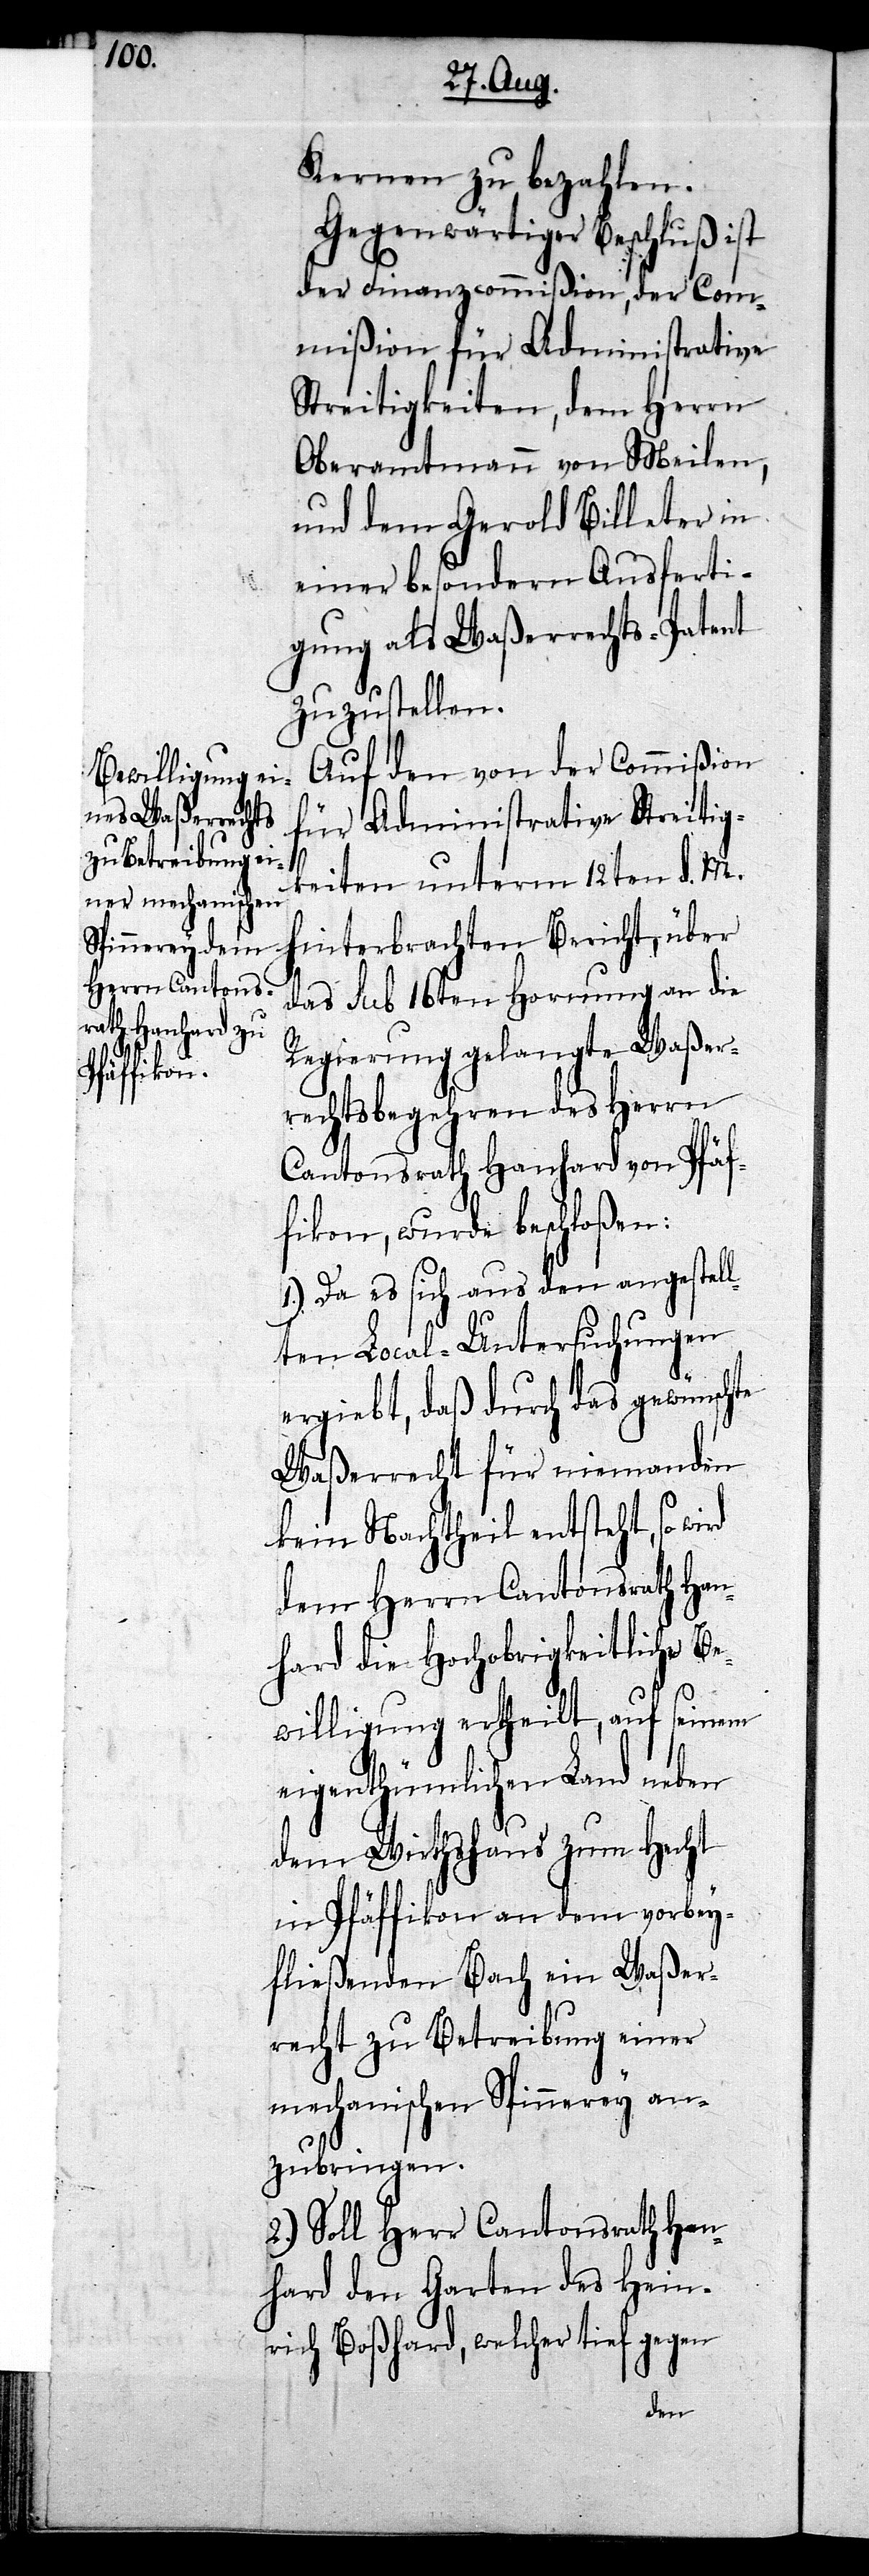
Kernen zu bezahlen.
Gegenwärtiger Beschluß ist
der Finanzcommißion, der Com¬
mißion für Administrative
Streitigkeiten, dem Herrn
Oberamtmann von Meilen,
und dem Gerold Billeter in
einer besondern Ausferti¬
gung als Waßerrechts-Patent
zuzustellen.
Auf den von Commißion
für Administrative Streitig¬
keiten unterm 12ten d. M.
hinterbrachten Bericht, über
das sub 16ten Hornung an die
Regierung gelangte Waßer¬
rechtsbegehren des Herrn
Cantonsrath Hanhard von Pfäf¬
fikon, wurde beschloßen:
1.) Da es sich aus den angestell¬
ten Local-Untersuchungen
ergiebt, daß durch das gewünschte
Waßerrecht für niemanden
kein Nachtheil entsteht, so
dem Herrn Cantonsrath Han¬
hard die Hochobrigkeitliche Be¬
willigung ertheilt, auf seinem
eigenthümlichen Land neben
dem Wirthshaus zum Hecht
in Pfäffikon an dem vorbey¬
fließenden Bach ein Waßer¬
recht zu Betreibung einer
mechanischen Spinnerey an¬
zubringen.
2.) Soll Herr Cantonsrath Han¬
hard den Garten des Hein¬
rich Boßhard, welcher tief gegen